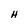
Character: H